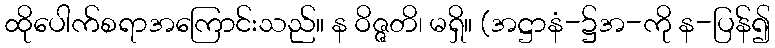
ထိုပေါက်စရာအကြောင်းသည်။ န ဝိဇ္ဇတိ၊ မရှိ။ (အဋ္ဌာနံ-၌အ-ကို န-ပြန်၍